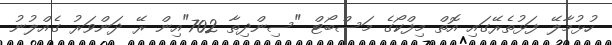
ހުޅުމާލޭ ފަޅުތެރޭގައި އޮތް މިފްކޯގެ މަސްބޯޓް "ސިންދިތާ 702"އިން ރޭ ދަންވަރު ގެއްލުނު